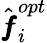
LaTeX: \hat{\pmb f}_{i}^{opt}